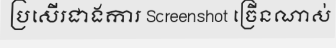
ប្រសើរជាងការ Screenshot ច្រើនណាស់